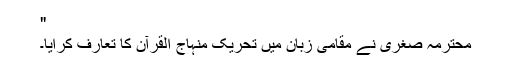
"
محترمہ صغریٰ نے مقامی زبان میں تحریک منہاج القرآن کا تعارف کرایا۔